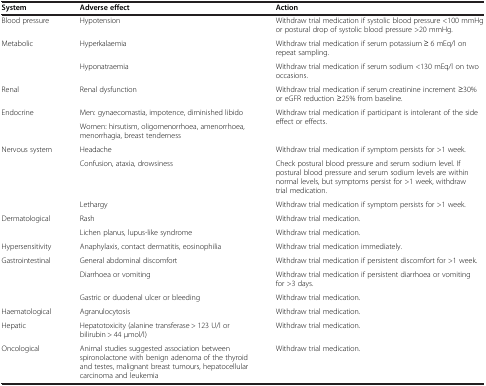
| System | Adverse effect | Action |
 | --- | --- | --- |
 | Blood pressure | Hypotension | Withdraw trial medication if systolic blood pressure <100 mmHg or postural drop of systolic blood pressure >20 mmHg. |
 | <ROWSPAN=2> Metabolic | Hyperkalaemia | Withdraw trial medication if serum potassium ≥ 6 mEq/l on repeat sampling. |
 | Hyponatraemia | Withdraw trial medication if serum sodium <130 mEq/l on two occasions. |
 | Renal | Renal dysfunction | Withdraw trial medication if serum creatinine increment ≥30% or eGFR reduction ≥25% from baseline. |
 | <ROWSPAN=2> Endocrine | Men: gynaecomastia, impotence, diminished libido | <ROWSPAN=2> Withdraw trial medication if participant is intolerant of the side effect or effects. |
 | Women: hirsutism, oligomenorrhoea, amenorrhoea, menorrhagia, breast tenderness |
 | <ROWSPAN=3> Nervous system | Headache | Withdraw trial medication if symptom persists for >1 week. |
 | Confusion, ataxia, drowsiness | Check postural blood pressure and serum sodium level. If postural blood pressure and serum sodium levels are within normal levels, but symptoms persist for >1 week, withdraw trial medication. |
 | Lethargy | Withdraw trial medication if symptom persists for >1 week. |
 | <ROWSPAN=2> Dermatological | Rash | Withdraw trial medication. |
 | Lichen planus, lupus-like syndrome | Withdraw trial medication. |
 | Hypersensitivity | Anaphylaxis, contact dermatitis, eosinophilia | Withdraw trial medication immediately. |
 | <ROWSPAN=3> Gastrointestinal | General abdominal discomfort | Withdraw trial medication if persistent discomfort for >1 week. |
 | Diarrhoea or vomiting | Withdraw trial medication if persistent diarrhoea or vomiting for >3 days. |
 | Gastric or duodenal ulcer or bleeding | Withdraw trial medication. |
 | Haematological | Agranulocytosis | Withdraw trial medication. |
 | Hepatic | Hepatotoxicity (alanine transferase > 123 U/l or bilirubin > 44 μmol/l) | Withdraw trial medication. |
 | Oncological | Animal studies suggested association between spironolactone with benign adenoma of the thyroid and testes, malignant breast tumours, hepatocellular carcinoma and leukemia | Withdraw trial medication. |